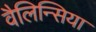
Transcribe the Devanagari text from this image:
वैलिन्सिया